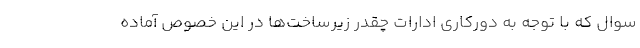
سوال که با توجه به دورکاری ادارات چقدر زیرساخت‌ها در این خصوص آماده